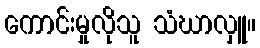
ကောင်းမှုလိုသူ သံဃာလှူ။